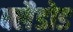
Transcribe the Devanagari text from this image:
क्लैडोड